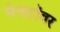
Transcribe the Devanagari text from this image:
मेनटॉवर